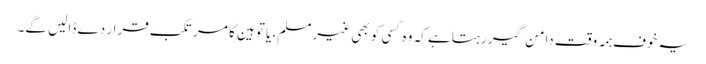
یہ خوف ہَمہ وقت دامن گیر رہتا ہے کہ وہ کسی کو بھی غیر مسلم، یا توہین کا مرتکب قرار دے ڈالیں گے۔